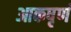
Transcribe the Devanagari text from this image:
आकषृर्ण